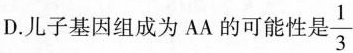
D.儿子基因组成为 AA 的可能性是 $$\frac { 1 }{ 3 }$$